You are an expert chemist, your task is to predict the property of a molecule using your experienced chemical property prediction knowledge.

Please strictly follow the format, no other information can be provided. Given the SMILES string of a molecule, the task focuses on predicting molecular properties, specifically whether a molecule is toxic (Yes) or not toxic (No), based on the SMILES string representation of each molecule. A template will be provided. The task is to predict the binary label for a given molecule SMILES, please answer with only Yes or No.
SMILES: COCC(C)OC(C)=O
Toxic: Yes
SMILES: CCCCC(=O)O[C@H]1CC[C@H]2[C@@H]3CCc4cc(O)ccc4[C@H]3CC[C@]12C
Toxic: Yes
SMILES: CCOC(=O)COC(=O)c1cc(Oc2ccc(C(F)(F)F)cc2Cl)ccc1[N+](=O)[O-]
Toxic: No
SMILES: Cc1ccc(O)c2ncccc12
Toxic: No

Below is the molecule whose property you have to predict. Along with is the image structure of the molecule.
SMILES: C=CC(=O)OCC(O)COc1ccccc1
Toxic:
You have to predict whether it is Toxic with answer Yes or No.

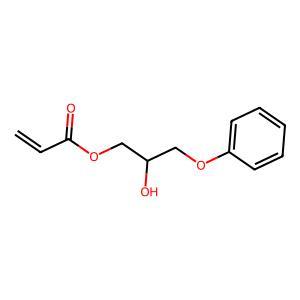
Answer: No